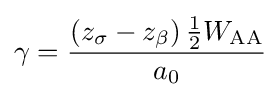
\gamma ={\frac {\left(z_{\sigma }-z_{\beta }\right){\frac {1}{2}}W_{\text{AA}}}{a_{0}}}